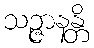
သဉ္ဇာနန္တိ